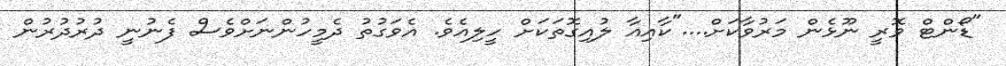
"ޑޯންޓް ވޮރީ ނޫޅެން މަރުވާކަށް...."ކާއިއާ ލުއިގޮތަކަށް ހީލިއެވެ. އެވަގުތު ދެމީހުންނަށްވެސް ފެނުނީ ދުރުދުރުން